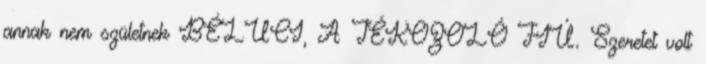
annak nem születnek BÉLUCI, A TÉKOZOLÓ FIÚ. Szeretet volt